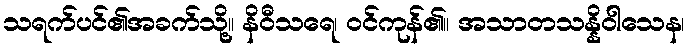
သရက်ပင်၏အခက်သို့။ နိဝီသရေ၊ ဝင်ကုန်၏။ အသာတသန္နိဝါသေန၊